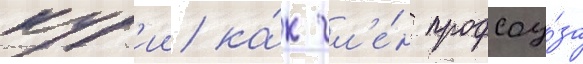
кур'ии ка́к чл'е́н профсоу́за